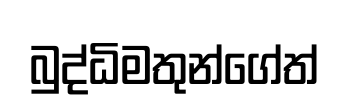
බුද්ධිමතුන්ගේත්